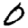
Digit: 0